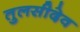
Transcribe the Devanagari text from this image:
तुलसीदेव